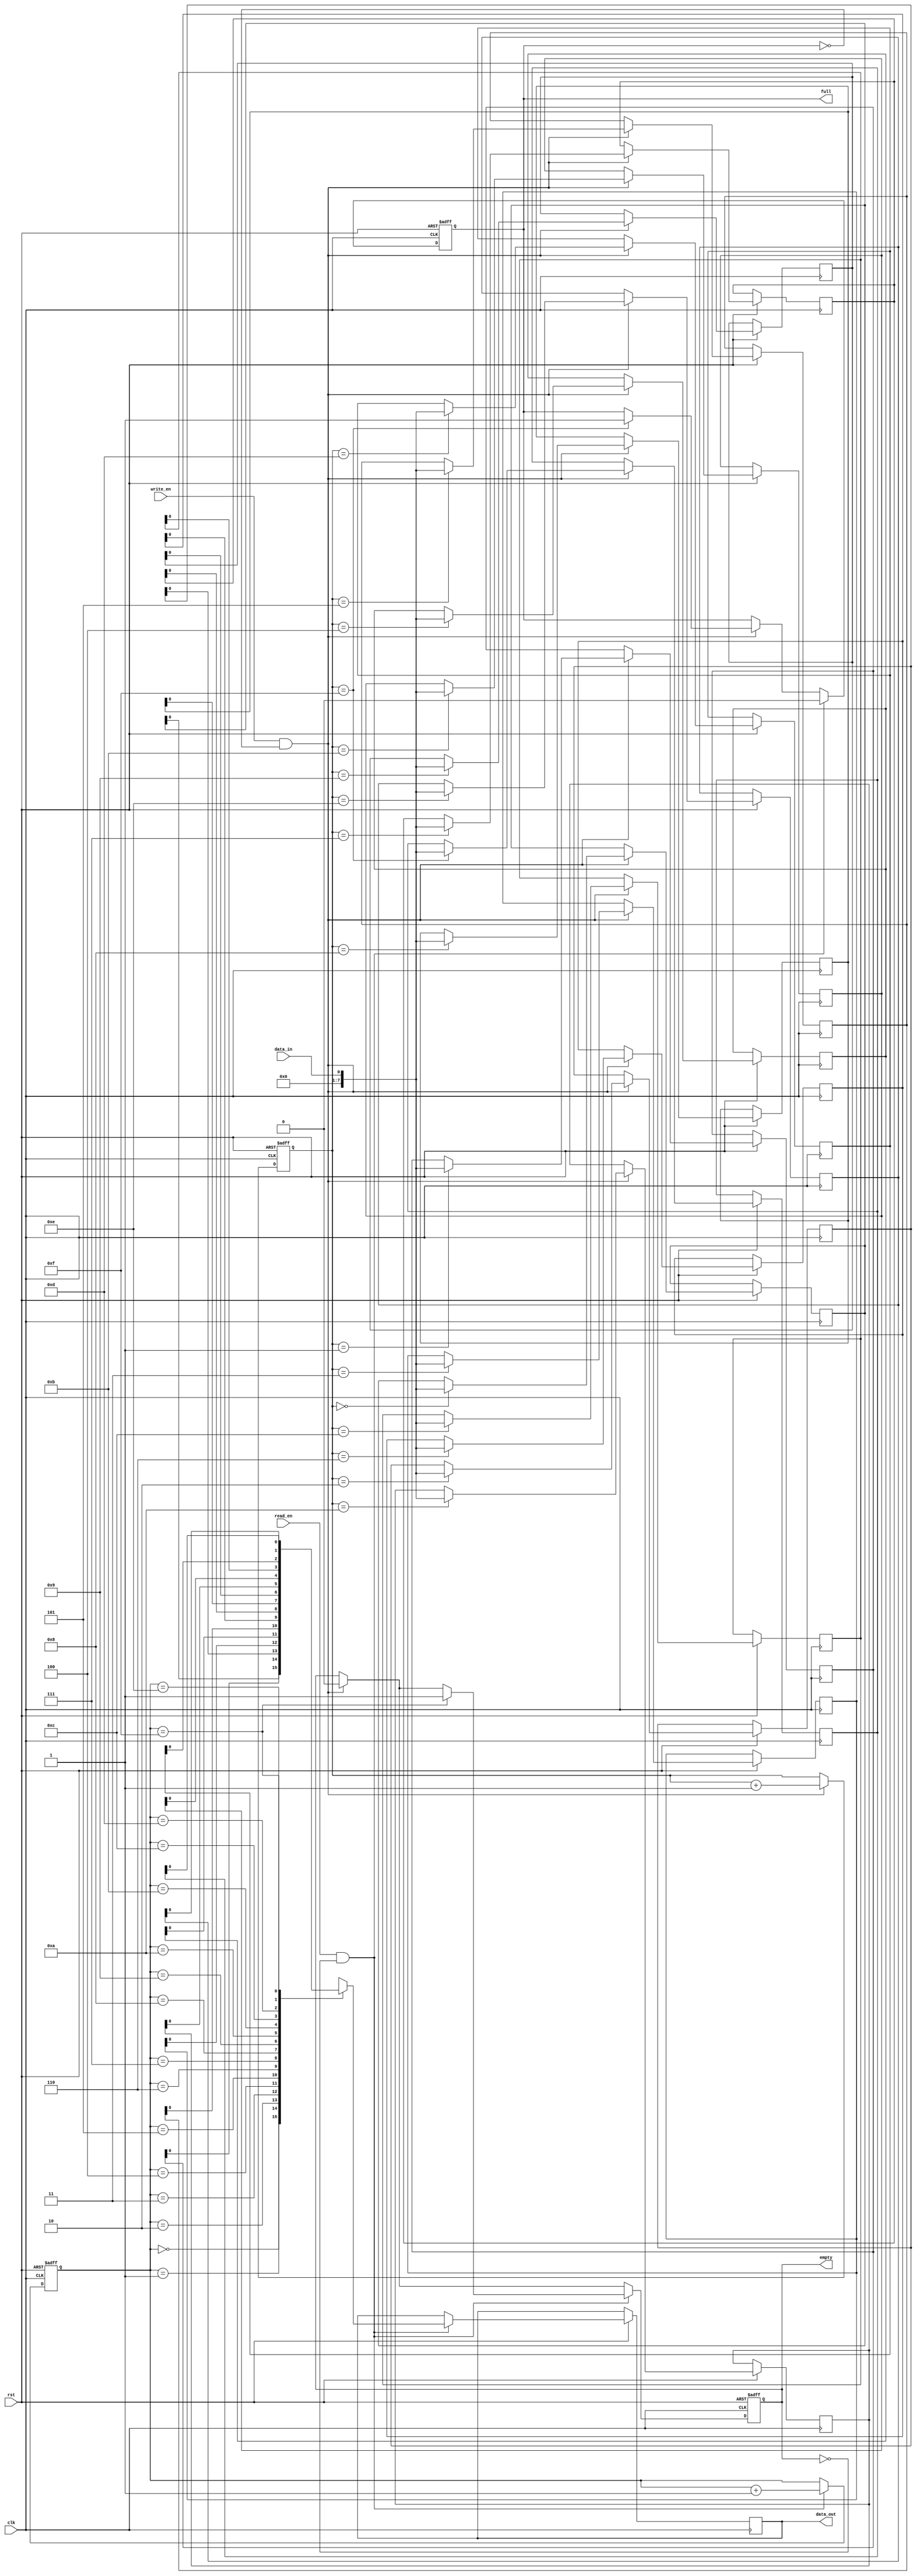
module fifo(
    input wire clk,           // Clock input
    input wire rst,           // Reset input
    input wire write_en,      // Write enable signal
    input wire read_en,       // Read enable signal
    input wire data_in,       // Input data
    output wire data_out,     // Output data
    output wire full,         // Full status flag
    output wire empty         // Empty status flag
);

parameter DEPTH = 16;        // FIFO depth

reg [7:0] memory [DEPTH-1:0]; // Memory block to store data elements
reg [3:0] write_ptr;          // Write pointer
reg [3:0] read_ptr;           // Read pointer
reg full_flag;                // Full status flag
reg empty_flag;               // Empty status flag

always @(posedge clk or negedge rst) begin
    if (rst == 1'b0) begin
        write_ptr <= 4'b0000;
        read_ptr <= 4'b0000;
        full_flag <= 1'b0;
        empty_flag <= 1'b1;
    end else begin
        if (write_en && !full_flag) begin
            memory[write_ptr] <= data_in;
            write_ptr <= write_ptr + 1;
            if (write_ptr == 4'b1111) full_flag <= 1'b1;
            empty_flag <= 1'b0;
        end

        if (read_en && !empty_flag) begin
            data_out <= memory[read_ptr];
            read_ptr <= read_ptr + 1;
            if (read_ptr == 4'b1111) empty_flag <= 1'b1;
            full_flag <= 1'b0;
        end
    end
end

assign full = full_flag;
assign empty = empty_flag;

endmodule